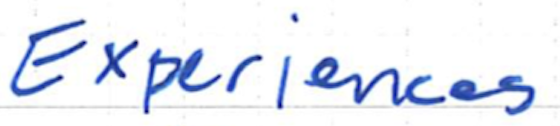
Text: Experiences
Cross-out: clean
Writing tool: ballpoint